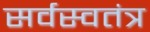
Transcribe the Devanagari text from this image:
सर्वस्वतंत्र